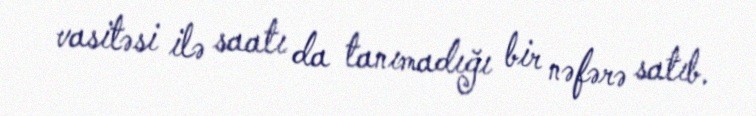
vasitəsi ilə saatı da tanımadığı bir nəfərə satıb.